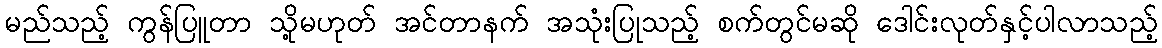
မည်သည့် ကွန်ပြူတာ သို့မဟုတ် အင်တာနက် အသုံးပြုသည့် စက်တွင်မဆို ဒေါင်းလုတ်နှင့်ပါလာသည့်